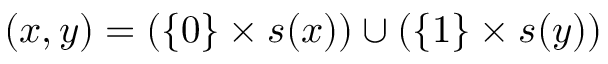
( x , y ) = ( \{ 0 \} \times s ( x ) ) \cup ( \{ 1 \} \times s ( y ) )